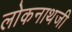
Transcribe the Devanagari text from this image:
लोकनाथजी